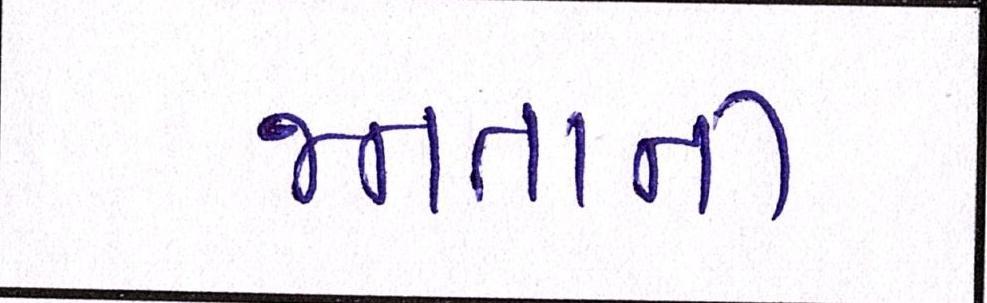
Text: જનતાની